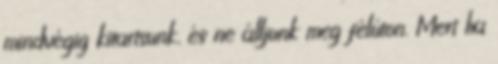
mindvégig kitartsunk, és ne álljunk meg félúton. Mert ha